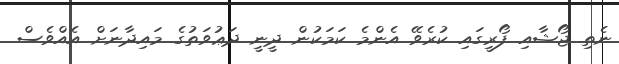
ނެތި ޖޯޝާއި ފޯރީގައި ކުރެވޭ އެންމެ ކަމަކުން ދީނީ ދަޢުވަތުގެ މައިދާނަށް އެއްވެސް